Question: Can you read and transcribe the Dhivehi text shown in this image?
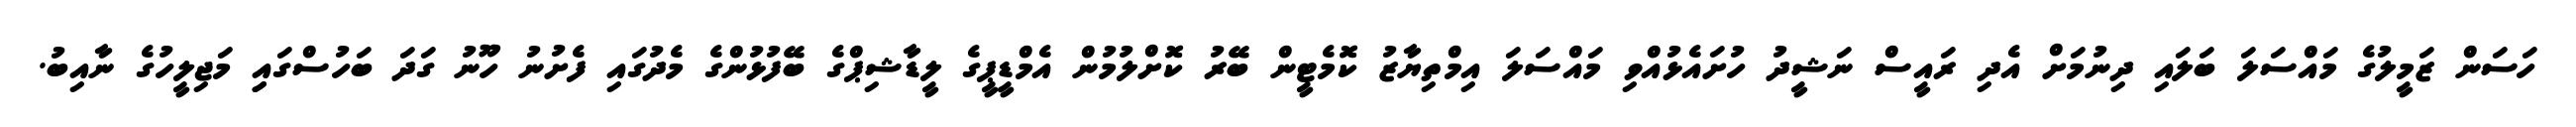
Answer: ހަސަން ޒަމީލުގެ މައްސަލަ ބަލައި ދިނުމަށް އެދި ރައީސް ނަޝީދު ހުށައެޅުއްވި މައްސަލަ އިމްތިޔާޒު ކޮމެޓީން ބޭރު ކޮށްލުމުން އެމްޑީޕީގެ ލީޑާޝިޕްގެ ބޭފުޅުންގެ މެދުގައި ފެށުނު ހޫނު ގަދަ ބަހުސްގައިި މަޖިލީހުގެ ނާއިބު.